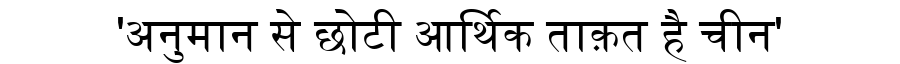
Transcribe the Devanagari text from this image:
'अनुमान से छोटी आर्थिक ताक़त है चीन'